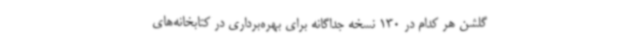
گلشن هر کدام در 130 نسخه جداگانه برای بهره‌برداری در کتابخانه‌های